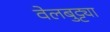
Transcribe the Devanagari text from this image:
वेलबुट्ट्या